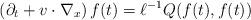
LaTeX: \begin{align*}\left(\partial_t + v \cdot\nabla_x \right) f(t) =\ell^{-1} Q(f(t),f(t))\end{align*}